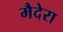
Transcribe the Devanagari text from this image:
मैदेरा